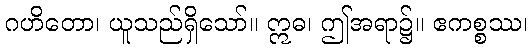
ဂဟိတော၊ ယူသည်ရှိသော်။ ဣဓ၊ ဤအရာ၌။ ဧကစ္စဿ၊